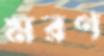
মরণ